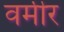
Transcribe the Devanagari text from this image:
वर्मीर